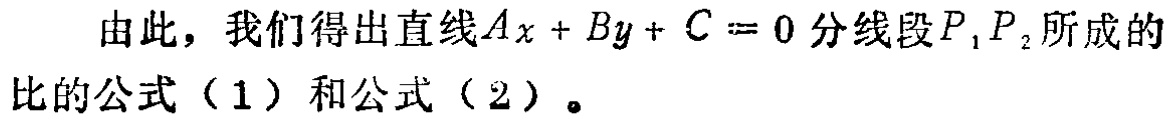
由此，我们得出直线\(Ax + By + C = 0\)分线段\(P_1P_2\)所成的比的公式（1）和公式（2）。